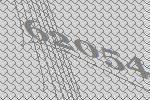
62054